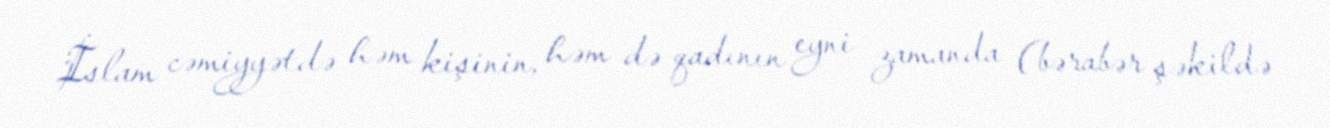
İslam cəmiyyətdə həm kişinin, həm də qadının eyni zamanda (bərabər şəkildə